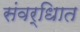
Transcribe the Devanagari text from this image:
संवर्धिात